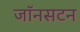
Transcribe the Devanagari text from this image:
जॉनसटन